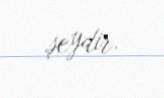
şeydir.